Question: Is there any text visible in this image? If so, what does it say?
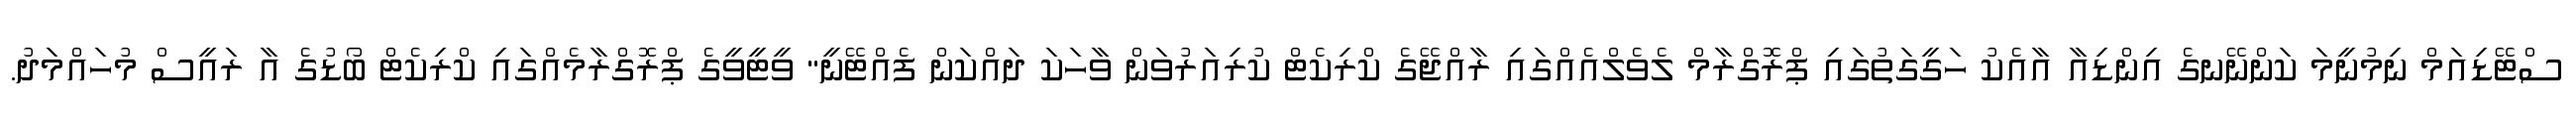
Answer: ސްޓޭޑިއަމް ނިމުނީމަ ކަންނޭނގެ އިންޑިއާ އާއެކު ހަގީގަތުގައި ޕްރޮގްރާމް ލެވެލްއެއްގައި ރާއްޖޭގެ ކްރިކެޓް ކުރިއަރުވަން ވާހަކަ ދައްކަން ފެއްޓޭނީ" ވީޓީވީގެ ޕްރޮގްރާމެއްގައި ކްރިކެޓް ބޯޑުގެ އާ ރައީސް މުހައްމަދު.